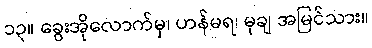
၁၃။ ခွေးအိုလောက်မှ၊ ဟန်မရ၊ မုချ အမြင်သား။